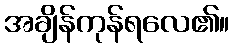
အချိန်ကုန်ရလေ၏။